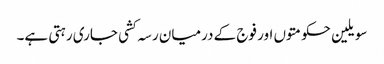
سویلین حکومتوں اور فوج کے درمیان رسہ کشی جاری رہتی ہے۔